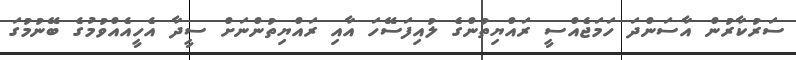
ސަރުކާރުން އާސަންދަ ހަމަޖެއްސީ ރައްޔިތުންގެ ލުއިފަސޭހަ އާއި ރައްޔިތުންނަށް ސީދާ އެހީއެއްވުމުގެ ބޭނުމުގަ